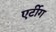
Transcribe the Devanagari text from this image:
एर्टीग